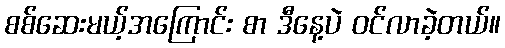
စစ်ဆေးမယ့်အကြောင်း စာ ဒီနေ့ပဲ ဝင်လာခဲ့တယ်။